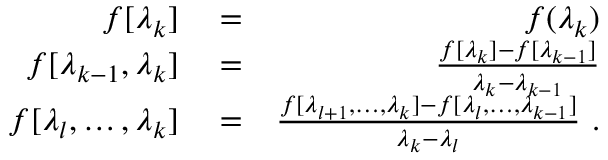
\begin{array} { r l r } { f [ \lambda _ { k } ] } & { { } = } & { f ( \lambda _ { k } ) } \\ { f [ \lambda _ { k - 1 } , \lambda _ { k } ] } & { { } = } & { \frac { f [ \lambda _ { k } ] - f [ \lambda _ { k - 1 } ] } { \lambda _ { k } - \lambda _ { k - 1 } } } \\ { f [ \lambda _ { l } , \dots , \lambda _ { k } ] } & { { } = } & { \frac { f [ \lambda _ { l + 1 } , \dots , \lambda _ { k } ] - f [ \lambda _ { l } , \dots , \lambda _ { k - 1 } ] } { \lambda _ { k } - \lambda _ { l } } ~ . } \end{array}